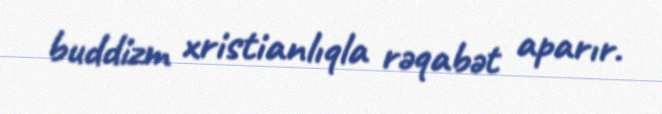
buddizm xristianlıqla rəqabət aparır.